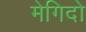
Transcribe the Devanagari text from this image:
मेगिदो